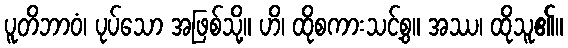
ပူတိဘာဝံ၊ ပုပ်သော အဖြစ်သို့။ ဟိ၊ ထိုစကားသင့်စွ။ အဿ၊ ထိုသူ၏။